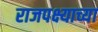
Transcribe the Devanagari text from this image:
राजपक्ष्याच्या